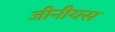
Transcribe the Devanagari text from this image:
जीनीयस